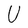
Character: U